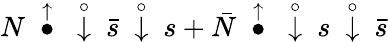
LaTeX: N~\stackrel{\uparrow}{\bullet}~\stackrel{\circ}{\downarrow}~\bar{s}~\stackrel{\circ}{\downarrow}~s+\bar{N}~\stackrel{\uparrow}{\bullet}~\stackrel{\circ}{\downarrow}~s~\stackrel{\circ}{\downarrow}~\bar{s}